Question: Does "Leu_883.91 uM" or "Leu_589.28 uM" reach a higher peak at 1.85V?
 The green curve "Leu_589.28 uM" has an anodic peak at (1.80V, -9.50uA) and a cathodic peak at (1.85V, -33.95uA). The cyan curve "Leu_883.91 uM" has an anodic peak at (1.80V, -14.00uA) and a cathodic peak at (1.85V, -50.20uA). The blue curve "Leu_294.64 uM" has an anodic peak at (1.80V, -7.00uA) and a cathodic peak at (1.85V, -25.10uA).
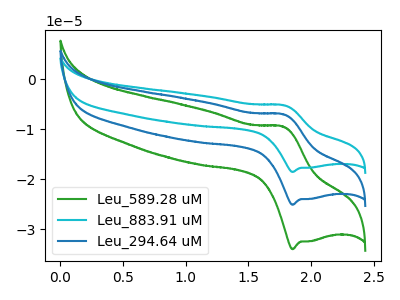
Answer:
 <answer>The peak at 1.85V is higher in "Leu_883.91 uM" than in "Leu_589.28 uM".</answer>
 <eval>higher</eval>